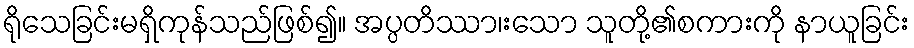
ရိုသေခြင်းမရှိကုန်သည်ဖြစ်၍။ အပ္ပတိဿာ၊းသော သူတို့၏စကားကို နာယူခြင်း